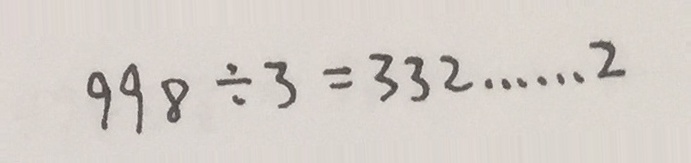
9 9 8 \div 3 = 3 3 2 \cdots 2